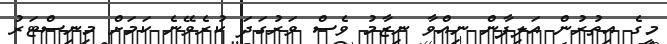
މީގެ އިތުރުން އަލިފާން ނިއްވާ ނިޒާމު ވެސް ވަރުގަދަ ކުރެވޭނެ ކަމަށް މިނިސްޓަރު